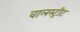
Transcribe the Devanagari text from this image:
वालस्ट्रीट